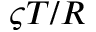
\varsigma T / R